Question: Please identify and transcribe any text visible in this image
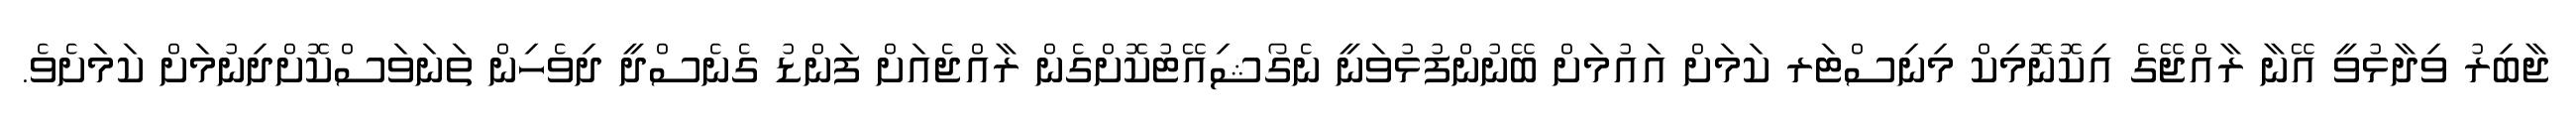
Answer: ޖާބިރު ވިދާޅުވީ އޭނާ ރާއްޖޭގެ އިކޮނޮމިކް މިނިސްޓަރ ކަމަށް އައުމަށް ބޭނުންފުޅުވަނީ ނެގޯޝިއޭޓުކޮށްގެން ރާއްޖެއަށް ފަންޑު ގެނެސްދީ ދިވެހިން ތަނަވަސްކޮށްދިނުމަށް ކަމަށެވެ.